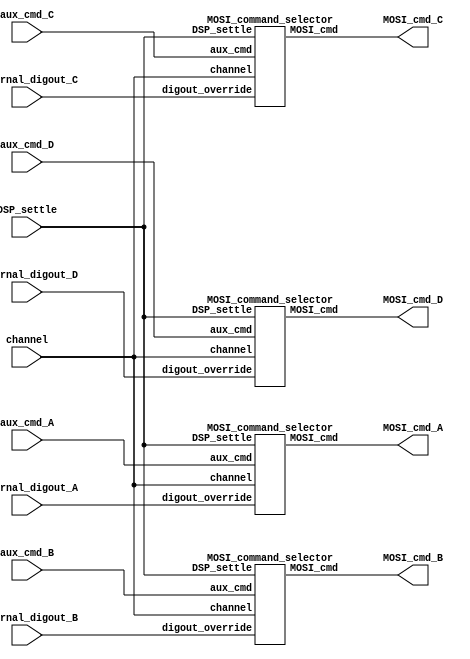
module MOSI_command_selector_4x(
	input wire [5:0] channel,
	input wire DSP_settle,
	input wire [15:0] aux_cmd_A,
	input wire [15:0] aux_cmd_B,
	input wire [15:0] aux_cmd_C,
	input wire [15:0] aux_cmd_D,
	input wire external_digout_A,
	input wire external_digout_B,
	input wire external_digout_C,
	input wire external_digout_D,
	output wire [15:0] MOSI_cmd_A,
	output wire [15:0] MOSI_cmd_B,
	output wire [15:0] MOSI_cmd_C,
	output wire [15:0] MOSI_cmd_D
	);

  MOSI_command_selector command_selector_A (
      .channel(channel), .DSP_settle(DSP_settle), .aux_cmd(aux_cmd_A), .digout_override(external_digout_A), .MOSI_cmd(MOSI_cmd_A));

  MOSI_command_selector command_selector_B (
      .channel(channel), .DSP_settle(DSP_settle), .aux_cmd(aux_cmd_B), .digout_override(external_digout_B), .MOSI_cmd(MOSI_cmd_B));

  MOSI_command_selector command_selector_C (
      .channel(channel), .DSP_settle(DSP_settle), .aux_cmd(aux_cmd_C), .digout_override(external_digout_C), .MOSI_cmd(MOSI_cmd_C));

  MOSI_command_selector command_selector_D (
      .channel(channel), .DSP_settle(DSP_settle), .aux_cmd(aux_cmd_D), .digout_override(external_digout_D), .MOSI_cmd(MOSI_cmd_D));      
      

endmodule

// This simple module creates MOSI commands.  If channel is between 0 and 31, the command is CONVERT(channel),
// and the LSB is set if DSP_settle = 1.  If channel is between 32 and 34, aux_cmd is used.
module MOSI_command_selector (
	input wire [5:0] 		channel,
	input wire				DSP_settle,
	input wire [15:0] 	aux_cmd,
	input wire				digout_override,
	output reg [15:0] 	MOSI_cmd
	);

	always @(*) begin
		case (channel)
			0:       MOSI_cmd <= { 2'b00, channel, 7'b0000000, DSP_settle };
			1:       MOSI_cmd <= { 2'b00, channel, 7'b0000000, DSP_settle };
			2:       MOSI_cmd <= { 2'b00, channel, 7'b0000000, DSP_settle };
			3:       MOSI_cmd <= { 2'b00, channel, 7'b0000000, DSP_settle };
			4:       MOSI_cmd <= { 2'b00, channel, 7'b0000000, DSP_settle };
			5:       MOSI_cmd <= { 2'b00, channel, 7'b0000000, DSP_settle };
			6:       MOSI_cmd <= { 2'b00, channel, 7'b0000000, DSP_settle };
			7:       MOSI_cmd <= { 2'b00, channel, 7'b0000000, DSP_settle };
			8:       MOSI_cmd <= { 2'b00, channel, 7'b0000000, DSP_settle };
			9:       MOSI_cmd <= { 2'b00, channel, 7'b0000000, DSP_settle };
			10:      MOSI_cmd <= { 2'b00, channel, 7'b0000000, DSP_settle };
			11:      MOSI_cmd <= { 2'b00, channel, 7'b0000000, DSP_settle };
			12:      MOSI_cmd <= { 2'b00, channel, 7'b0000000, DSP_settle };
			13:      MOSI_cmd <= { 2'b00, channel, 7'b0000000, DSP_settle };
			14:      MOSI_cmd <= { 2'b00, channel, 7'b0000000, DSP_settle };
			15:      MOSI_cmd <= { 2'b00, channel, 7'b0000000, DSP_settle };
			16:      MOSI_cmd <= { 2'b00, channel, 7'b0000000, DSP_settle };
			17:      MOSI_cmd <= { 2'b00, channel, 7'b0000000, DSP_settle };
			18:      MOSI_cmd <= { 2'b00, channel, 7'b0000000, DSP_settle };
			19:      MOSI_cmd <= { 2'b00, channel, 7'b0000000, DSP_settle };
			20:      MOSI_cmd <= { 2'b00, channel, 7'b0000000, DSP_settle };
			21:      MOSI_cmd <= { 2'b00, channel, 7'b0000000, DSP_settle };
			22:      MOSI_cmd <= { 2'b00, channel, 7'b0000000, DSP_settle };
			23:      MOSI_cmd <= { 2'b00, channel, 7'b0000000, DSP_settle };
			24:      MOSI_cmd <= { 2'b00, channel, 7'b0000000, DSP_settle };
			25:      MOSI_cmd <= { 2'b00, channel, 7'b0000000, DSP_settle };
			26:      MOSI_cmd <= { 2'b00, channel, 7'b0000000, DSP_settle };
			27:      MOSI_cmd <= { 2'b00, channel, 7'b0000000, DSP_settle };
			28:      MOSI_cmd <= { 2'b00, channel, 7'b0000000, DSP_settle };
			29:      MOSI_cmd <= { 2'b00, channel, 7'b0000000, DSP_settle };
			30:      MOSI_cmd <= { 2'b00, channel, 7'b0000000, DSP_settle };
			31:      MOSI_cmd <= { 2'b00, channel, 7'b0000000, DSP_settle };
			32:		MOSI_cmd <= (aux_cmd[15:8] == 8'h83) ? {aux_cmd[15:1], digout_override} : aux_cmd; // If we detect a write to Register 3, overridge the digout value.
			33:		MOSI_cmd <= (aux_cmd[15:8] == 8'h83) ? {aux_cmd[15:1], digout_override} : aux_cmd; // If we detect a write to Register 3, overridge the digout value.
			34:		MOSI_cmd <= (aux_cmd[15:8] == 8'h83) ? {aux_cmd[15:1], digout_override} : aux_cmd; // If we detect a write to Register 3, overridge the digout value.
			default: MOSI_cmd <= 16'b0;
			endcase
	end	
endmodule